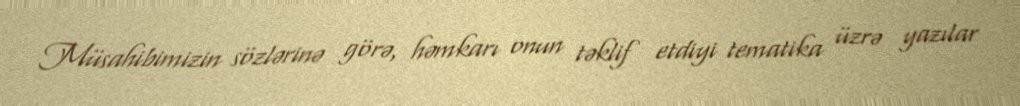
Müsahibimizin sözlərinə görə, həmkarı onun təklif etdiyi tematika üzrə yazılar